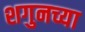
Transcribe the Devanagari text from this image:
शगुनच्या